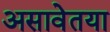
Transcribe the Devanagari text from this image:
असावेतया